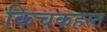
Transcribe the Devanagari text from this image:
किचकहस्त